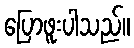
ပြောဖူးပါသည်။